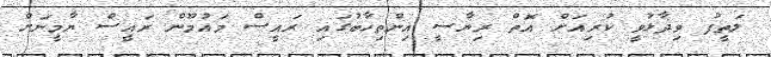
ލަތީފު ވިދާޅުވީ ކުރިއަށް އޮތް ރިޔާސީ އިންތިހާބުގައި ރައީސް މައުމޫން ރައީސް ޔާމީނަށް